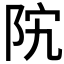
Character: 𱀊